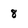
Character: 8